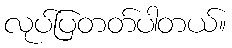
လုပ်ပြတတ်ပါတယ်။